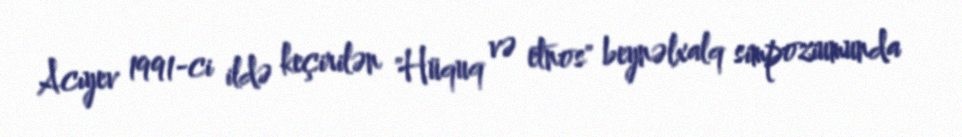
Acıyev 1991-ci ildə keçirilən "Hüquq və etnos" beynəlxalq simpoziumunda